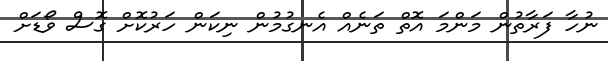
ނުހާ ފަރާތުން މަންމަ އޮތް ތަނެއް އެނގުމުން ނިކަން ހަރުކޮށް ގޮސް ވޯޑަށް